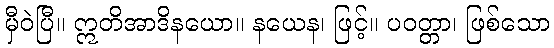
မှီဝဲပြီ။ ဣတိအာဒိနယော။ နယေန၊ ဖြင့်။ ပဝတ္တာ၊ ဖြစ်သော